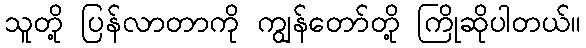
သူတို့ ပြန်လာတာကို ကျွန်တော်တို့ ကြိုဆိုပါတယ်။